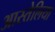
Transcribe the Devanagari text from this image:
आस्तेलिया